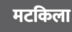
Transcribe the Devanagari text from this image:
मटकिला